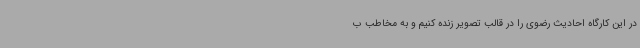
در این کارگاه احادیث رضوی را در قالب تصویر زنده کنیم و به مخاطب ب